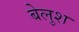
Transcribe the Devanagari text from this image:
बेलुश